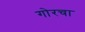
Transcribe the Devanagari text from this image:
गोरचा